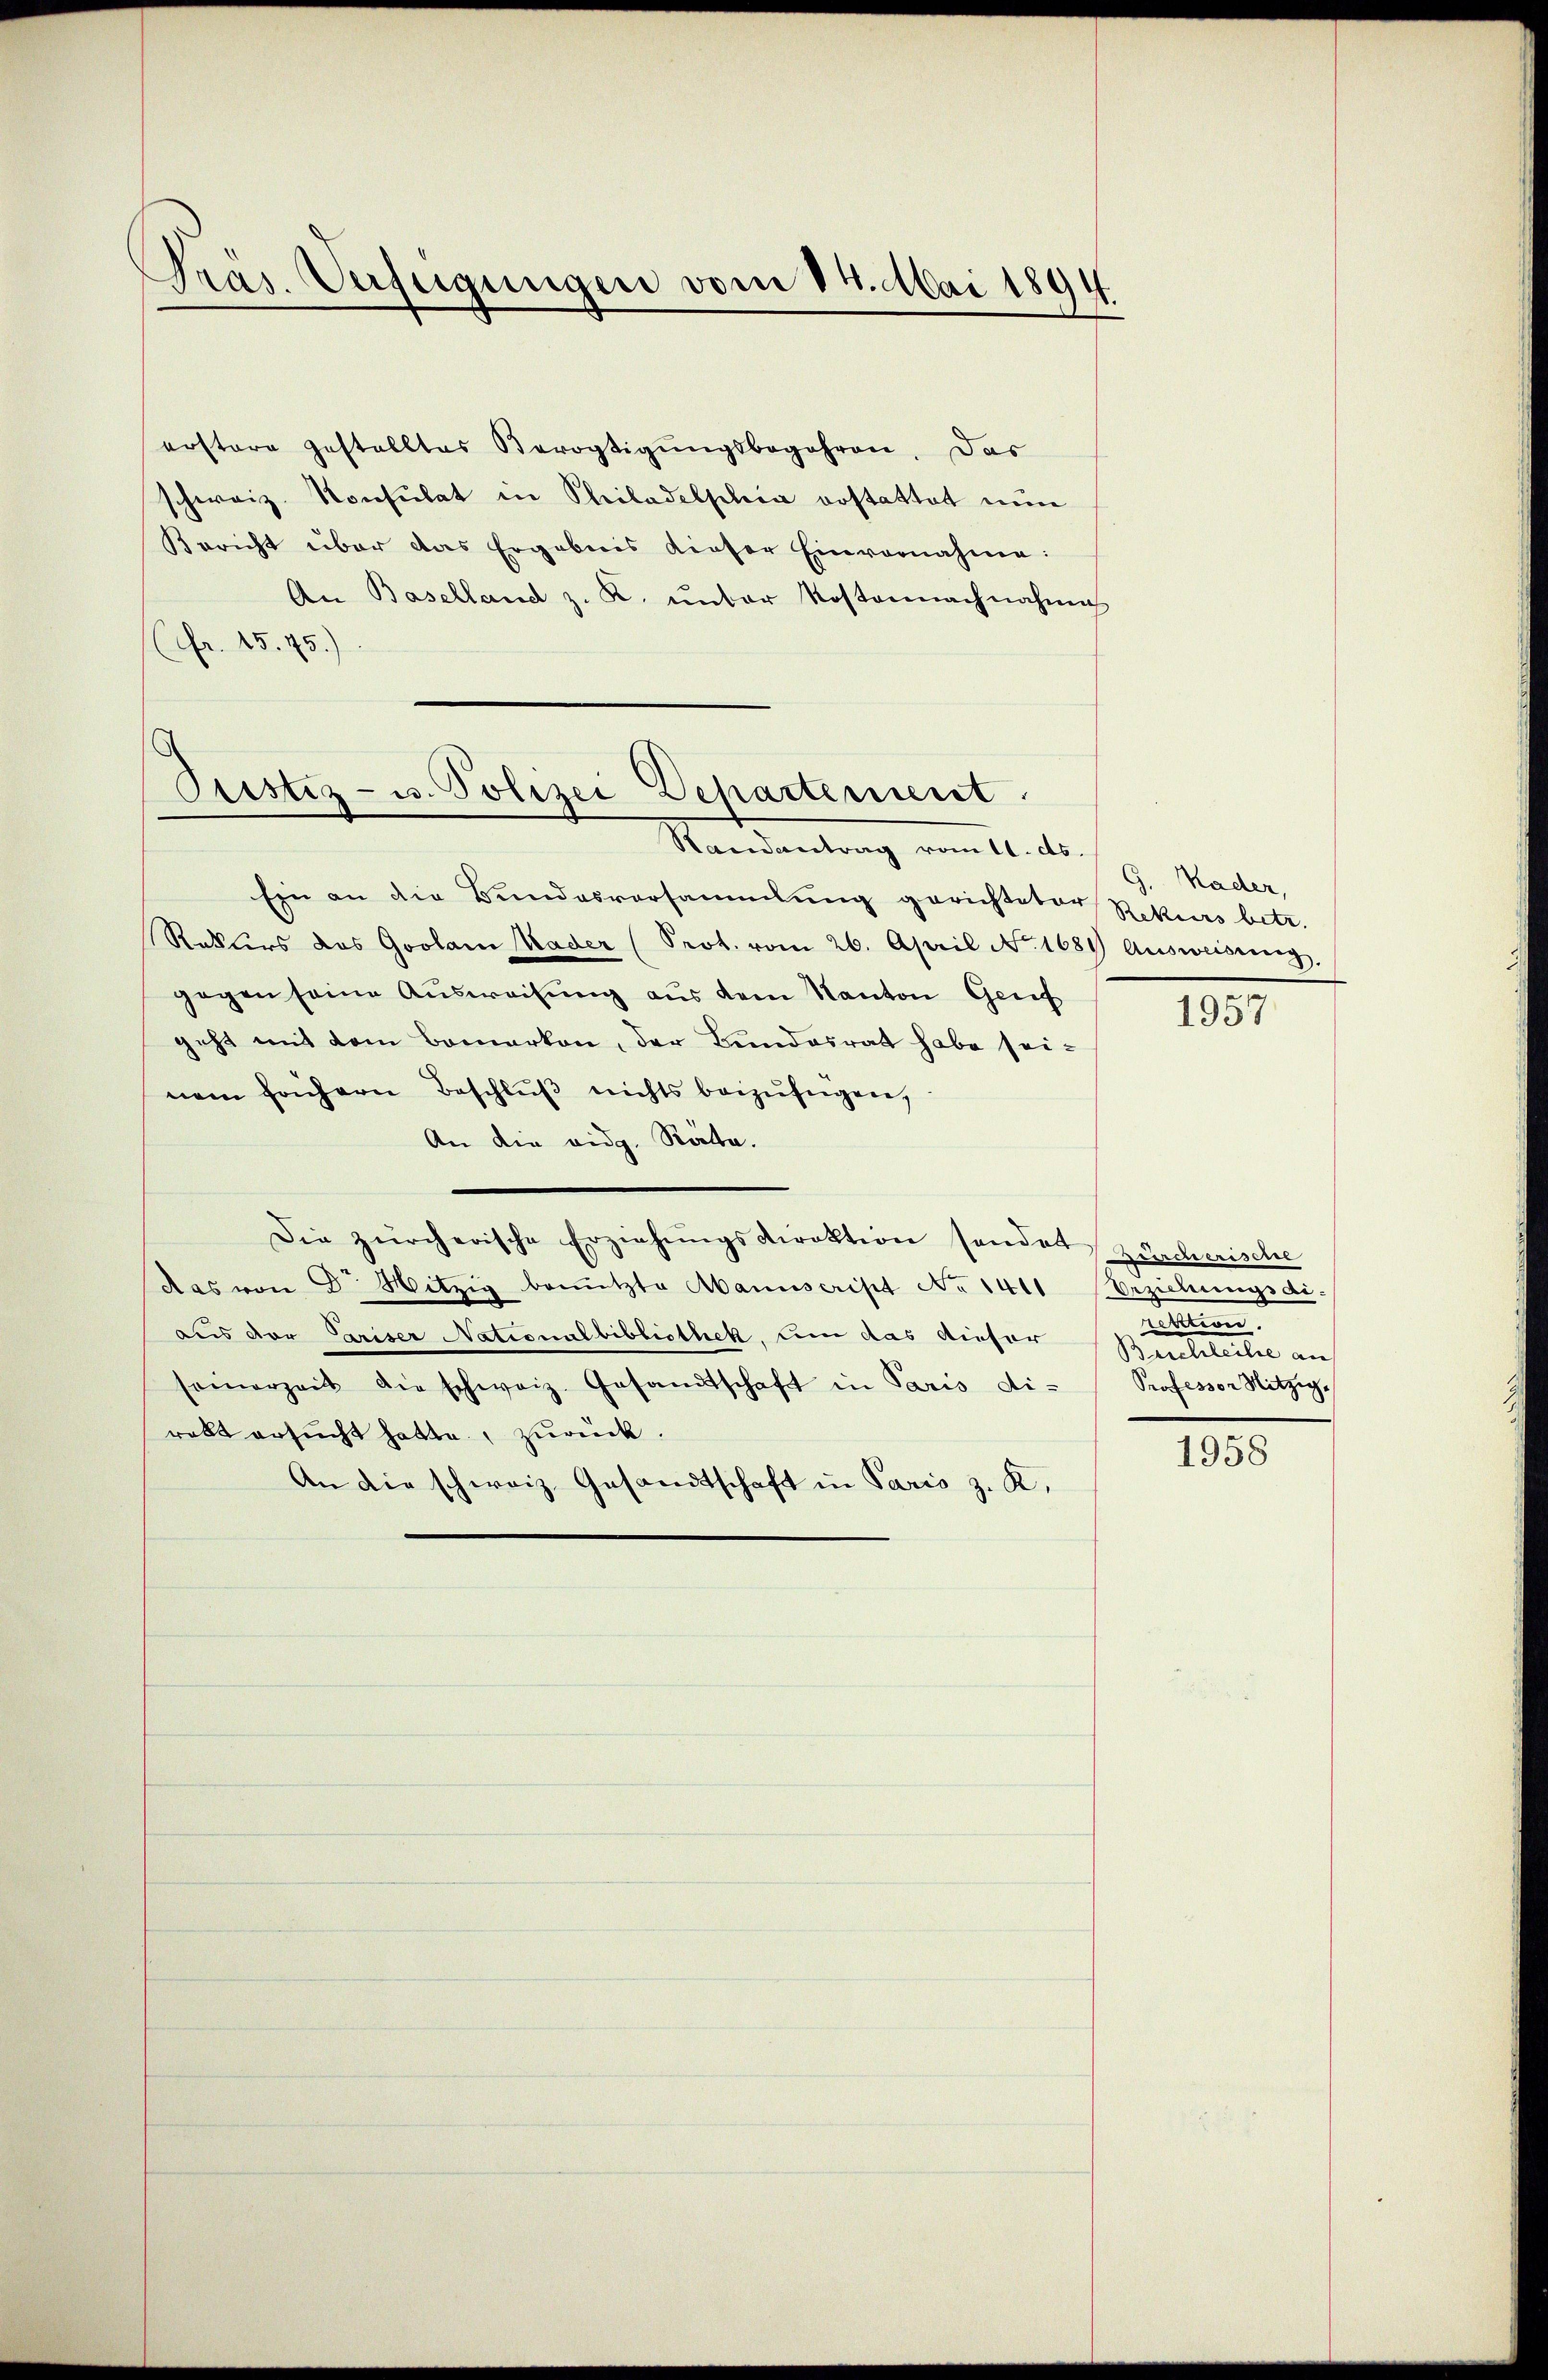
Präs. Verfügungen vom 14. Mai 1894.

erstere gestelltes Bevogtigŭngsbegehren. Das
schweiz. Konsulat in Philadelphia erstattet nun
Bericht über das Ergebnis dieser Einvernahme:
An Baselland z. K. unter Kostennachnahme
fr. 15. 75.)

Pristiz- u. Polizei Departement

Randantrag vom 11. ds.
Ein an die Bundesversammlung gerichteter Rekurs betr.
Rekurs das Goolam Kader (Prot. vom 26. April No. 1684 Ausweisung,
gegen seine Ausweisung aus dem Kanton Genf
geht mit dem Bemerken, der Bundesrat habe seinem frühern Beschlŭβ nichts beizufügen,
An die eidg. Räte.
Die zürcherische Erziehŭngsdirektion sendet Zürcherische
Aas von Dr. Mitzig benutzte Abanuscript No 1411 Erziehungsdiaus der Cariser Nationalbibliothek, um das Rieser
seinerzeit die schweiz. Gesandtschaft in Paris di- Professor Hitzige
rebt ersucht hatte, zurück.
An die schweiz. Gesandtschaft in Paris z. K.

G. Kader,

1957

en
Saeculie an

1958